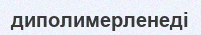
диполимерленеді